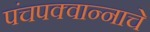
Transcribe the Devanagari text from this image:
पंचपक्वान्नाचे